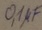
Text: 0,1µF